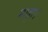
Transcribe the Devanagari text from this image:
गाढ़ा।